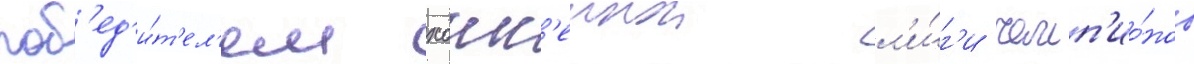
поб'ед'и́т'ел'ем хокк'еинои л'и́г'и чемп'ио́нов